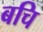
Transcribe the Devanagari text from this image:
बचि